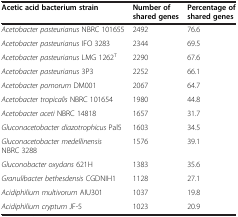
| Acetic acid bacterium strain | Number of shared genes | Percentage of shared genes |
 | --- | --- | --- |
 | Acetobacter pasteurianus NBRC 101655 | 2492 | 76.6 |
 | Acetobacter pasteurianus IFO 3283 | 2344 | 69.5 |
 | Acetobacter pasteurianus LMG 1262T | 2290 | 67.6 |
 | Acetobacter pasteurianus 3P3 | 2252 | 66.1 |
 | Acetobacter pomorum DM001 | 2067 | 64.7 |
 | Acetobacter tropicalis NBRC 101654 | 1980 | 44.8 |
 | Acetobacter aceti NBRC 14818 | 1657 | 31.7 |
 | Gluconacetobacter diazotrophicus Pal5 | 1603 | 34.5 |
 | Gluconacetobacter medellinensis NBRC 3288 | 1576 | 39.1 |
 | Gluconobacter oxydans 621H | 1383 | 35.6 |
 | Granulibacter bethesdensis CGDNIH1 | 1128 | 27.1 |
 | Acidiphilium multivorum AIU301 | 1037 | 19.8 |
 | Acidiphilium cryptum JF-5 | 1023 | 20.9 |